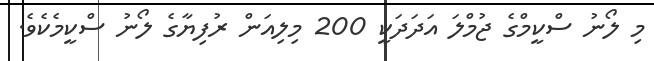
މި ލޯނު ސްކީމްގެ ޖުމްލަ އަދަދަކީ 200 މިލިއަން ރުފިޔާގެ ލޯނު ސްކީމެކެވެ.